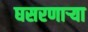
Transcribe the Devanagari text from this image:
घसरणाऱ्या